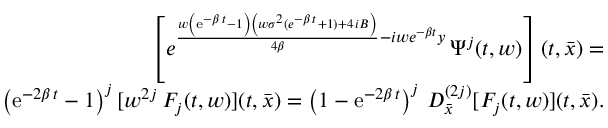
\begin{array} { r l r } & { } & { \left[ { { e } ^ { { \frac { w \left( { \mathrm { e } ^ { - \beta \, t } } - 1 \right) \left( w { \sigma } ^ { 2 } ( { { e } ^ { - \beta \, t } } + 1 ) + 4 \, i B \right) } { 4 \beta } } - i w e ^ { - \beta t } y } } \, \Psi ^ { j } ( t , w ) \right] ( t , { \bar { x } } ) = } \\ & { } & { \left( { \mathrm { e } ^ { - 2 \beta \, t } } - 1 \right) ^ { j } [ w ^ { 2 j } \, F _ { j } ( t , w ) ] ( t , { \bar { x } } ) = \left( 1 - { \mathrm { e } ^ { - 2 \beta \, t } } \right) ^ { j } \, D _ { { \bar { x } } } ^ { ( 2 j ) } [ F _ { j } ( t , w ) ] ( t , { \bar { x } } ) . } \end{array}